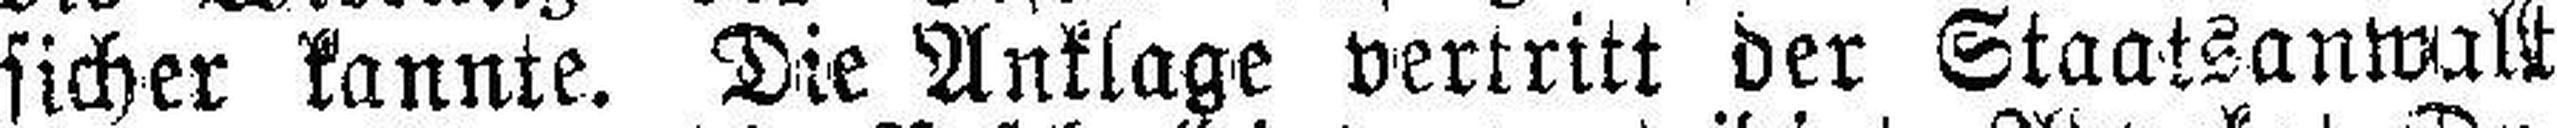
sicher kannte. Die Anklage vertritt der Staatsanwalt